Scottish Certificate of Education, 1963
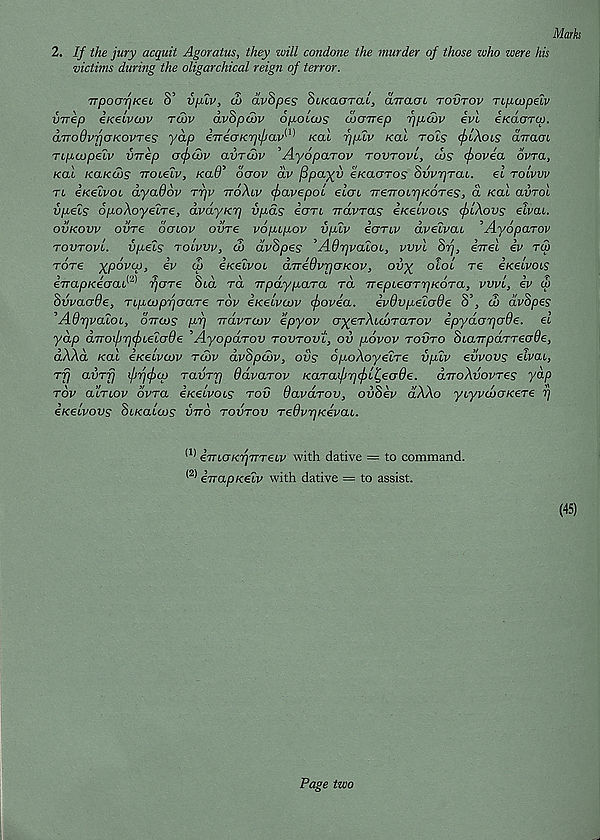
Marks
2. If the jury acquit Agoratus, they will condone the murder of those who were his
victims during the oligarchical reign of terror.
TrpoafjKeL 8’ vpliv, u> dvSpes SiKaarac, diracn tovtov TipcopeLV
vrrep eKeivcov row dvSpojv o/iolojs cdarrep rjpoov evl eKaaroj.
aTrodvrjOKovTes yap eTreaKrjifjav^ Kai r]pZv Kal rot? (/jlAois aTraox
Tipoopelv VTrep <j<f>u)v avTcbv 'Ayoparov tovtovl, obs cfrovea ovra,
Kal KaKtos iroielv, KaO’ oaov dv fipayy eKacrros SwTjrat. el toIvvv
rt eKelvoL dyadov rrjv ttoXlv (favepoi elcn TreTroirjKores, a Kal avrol
v/iels op-oXoyeLTe, dvdyicrj vp.ds ion rravras eKelvois flXovs elvai.
ovkovv ovre ocnov ovTe v6p.Lp.ov vplv ecrrtv dveivai ’Ayoparov
tovtovl. vpels tolvvVj & dvSpes ’AdrjvaloL, vvvl hrj, eirel ev to)
rore xpovcp, ev cb eKelvoL 6.7Tedvrj(JKOv, ovy olol re eKeLvots
eTrapKeGar ' rjare Ota ra Trpay/xara ra rrepieGTTqKOTa, vvvl, ev co
Svvaade, TLpojprjaaTe tov e/cetVaw fovea, ivdvpelade S’, do dvSpes
’AdrjvaloL, OTTCus pr\ rrdvTcov epyov CT^erAtaiTaTov ipydar]<j6e. et
yap aTToi/jrjfLelade ’Ayopdrov tovtovl, ov povov tovto (bLairpaTTevOe,
dAAa, /cat eKelvoov tow dvSpdov, ovs opoXoyelTe vpiv evvovs eivai,
Trj avrfj frifcp TavTTj ddvaTov KaTafrjfL^ecrde. dvoXvovTes yap
tov atVtov ovra e/cetvot? tov OavaTov, ovSev dXXo ytyvajcr/cere i]
eKelvovs St/catajs vtto tovtov TedvrjKevaL.
(1) errlgKTjTTTeLV with dative = to command.
<2 * errapKelv with dative = to assist.
(45)
Page two